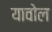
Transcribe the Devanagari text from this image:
यावोल